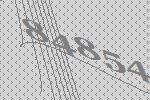
84854